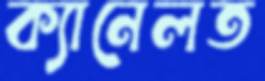
ক্যানেলত